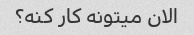
الان میتونه کار کنه؟